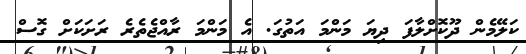
ކަލޭމެން ދޫކޮށްލާފަ ދިޔަ މަންމަ އަތުގަ. އެ މަންމަ ރާއްޖެތެރެ ރަށަކަށް ގޮސް